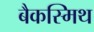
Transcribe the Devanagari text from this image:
बैकस्मिथ